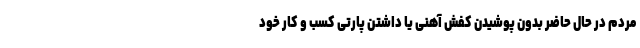
مردم در حال حاضر بدون پوشیدن کفش آهنی یا داشتن پارتی کسب و کار خود